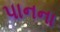
પાનના